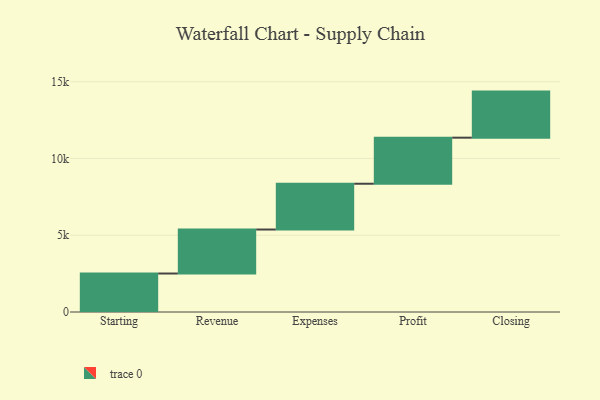
{"axis": {"x": "Step", "y": "Value"}, "legend": [""], "data": [{"x": "Starting", "y": 2506.0, "type": ""}, {"x": "Revenue", "y": 2864.0, "type": ""}, {"x": "Expenses", "y": 2982.0, "type": ""}, {"x": "Profit", "y": 3000, "type": ""}, {"x": "Closing", "y": 3000, "type": ""}]}